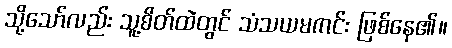
သို့သော်လည်း သူ့စိတ်ထဲတွင် သံသယမကင်း ဖြစ်နေ၏။